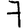
Digit: 7